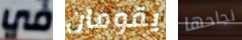
في يقومان نجاحها